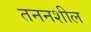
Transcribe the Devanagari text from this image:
तननशील